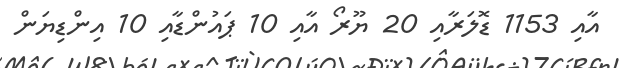
އާއި 1153 ޑޮލަރާއި 20 ޔޫރޯ އާއި 10 ޕައުންޑާއި 10 އިންޑިޔަން